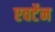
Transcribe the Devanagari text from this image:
एवर्टेन